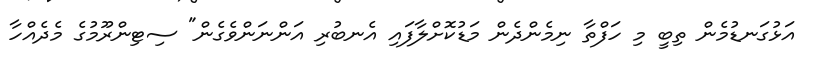
އަޅުގަނޑުމެން ތިބީ މި ހަފްތާ ނިމެންދެން މަޑުކޮށްލާފައި އެނބުރި އަންނަންވެގެން" ސިޓިންރޫމުގެ މެދެއްހާ